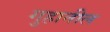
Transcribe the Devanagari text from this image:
गुहानील